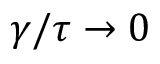
\gamma / \tau \to 0